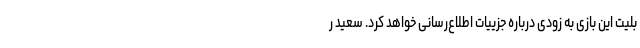
بلیت این بازی به زودی درباره جزییات اطلاع‌رسانی خواهد کرد. سعید ر